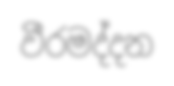
වීරමද්දන